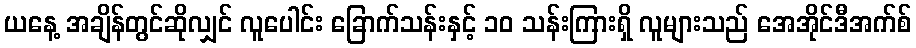
ယနေ့ အချိန်တွင်ဆိုလျှင် လူပေါင်း ခြောက်သန်းနှင့် ၁၀ သန်းကြားရှိ လူများသည် အေအိုင်ဒီအက်စ်